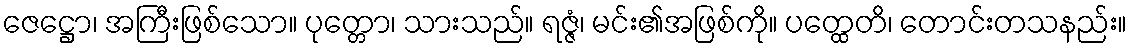
ဇေဋ္ဌော၊ အကြီးဖြစ်သော။ ပုတ္တော၊ သားသည်။ ရဇ္ဇံ၊ မင်း၏အဖြစ်ကို။ ပတ္ထေတိ၊ တောင်းတသနည်း။